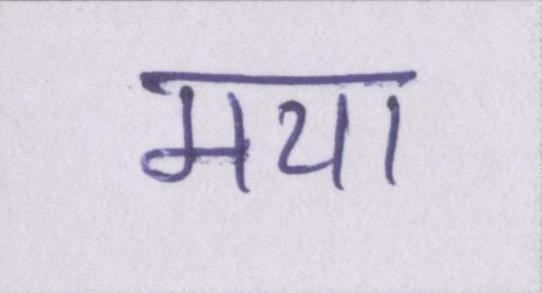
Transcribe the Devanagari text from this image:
मया